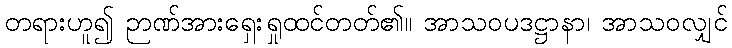
တရားဟူ၍ ဉာဏ်အားရှေးရှုထင်တတ်၏။ အာသဝပဒဋ္ဌာနာ၊ အာသဝလျှင်